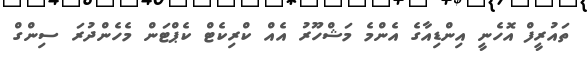
ތައުރީފް އޮހެނީ އިންޑިއާގެ އެންމެ މަޝްހޫރު އެއް ކްރިކެޓް ކެޕްޓަން މެހެންދުރަ ސިންގް